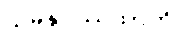
သမနုပဿထာတိ